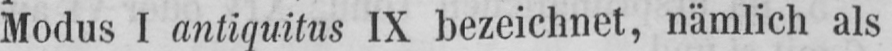
Modus I antiquitus IX bezeichnet, nämlich als